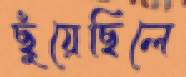
ছুঁয়েছিলে